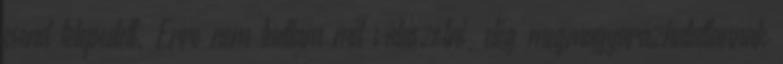
csend telepedett. Erre nem tudtam mit válaszolni, elég megmagyarázhatatlannak